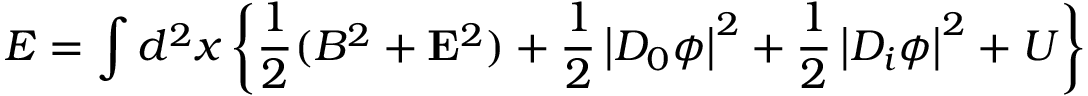
{ \cal E } = \int d ^ { 2 } x \left\{ \frac 1 2 ( B ^ { 2 } + { \bf E } ^ { 2 } ) + \frac 1 2 \left| D _ { 0 } \phi \right| ^ { 2 } + \frac 1 2 \left| D _ { i } \phi \right| ^ { 2 } + U \right\}